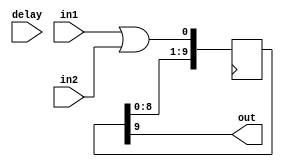
module NOR_Gate_Delay (
    input wire in1,
    input wire in2,
    output reg out,
    input wire delay // specify delay value in time units
);

// parameter for delay value
parameter DELAY = 10; // for example, 10 time units

// internal reg for synchronization
reg [DELAY-1:0] sync_reg;

// synchronous NOR gate with delay
always @(posedge clk) begin
    sync_reg <= {sync_reg[DELAY-2:0], in1 | in2};
end

assign out = sync_reg[DELAY-1];

endmodule